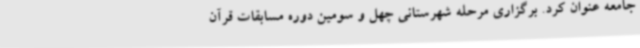
جامعه عنوان کرد. برگزاری مرحله شهرستانی چهل و سومین دوره مسابقات قرآن